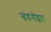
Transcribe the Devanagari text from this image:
खंडनोद्धार